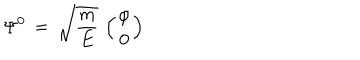
\Psi ^ { 0 } \, = \, \sqrt { \frac { m } { E } } \, \left( { \varphi \atop 0 } \right)